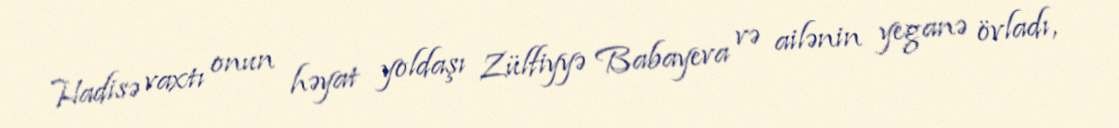
Hadisə vaxtı onun həyat yoldaşı Zülfiyyə Babayeva və ailənin yeganə övladı,